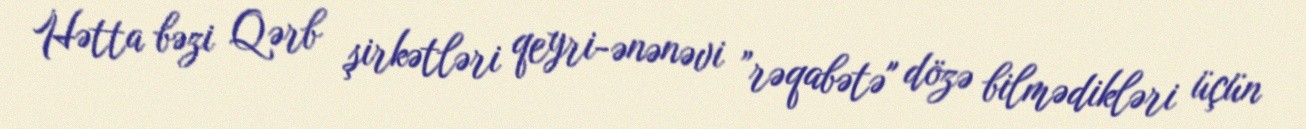
Hətta bəzi Qərb şirkətləri qeyri-ənənəvi ”rəqabətə" dözə bilmədikləri üçün